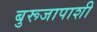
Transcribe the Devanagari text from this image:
बुरूजापाशी